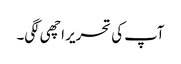
آپ کی تحریر اچھی لگی۔